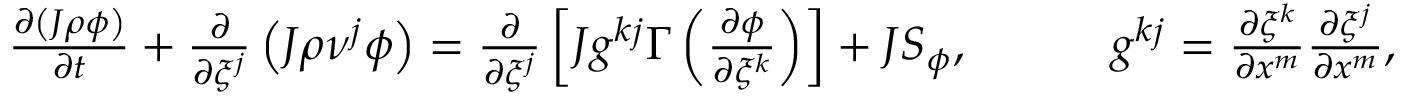
\begin{array} { r } { \frac { \partial \left( J \rho \phi \right) } { \partial t } + \frac { \partial } { \partial \xi ^ { j } } \left( J \rho \nu ^ { j } \phi \right) = \frac { \partial } { \partial \xi ^ { j } } \left[ J g ^ { k j } \Gamma \left( \frac { \partial \phi } { \partial \xi ^ { k } } \right) \right] + J S _ { \phi } , \quad \quad \quad g ^ { k j } = \frac { \partial \xi ^ { k } } { \partial x ^ { m } } \frac { \partial \xi ^ { j } } { \partial x ^ { m } } , } \end{array}